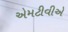
એમટીવીએ